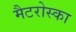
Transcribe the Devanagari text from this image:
मैटरोस्का